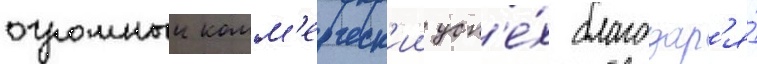
огромныи комм'ерческ'ии усп'е́х благодар'я́